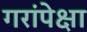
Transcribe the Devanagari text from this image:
गरांपेक्षा